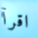
اقرأ